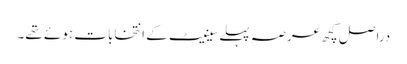
دراصل کچھ عرصہ پہلے سینیٹ کے انتخابات ہوئے تھے۔